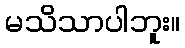
မသိသာပါဘူး။